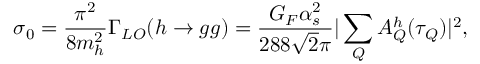
\sigma _ { 0 } = \frac { \pi ^ { 2 } } { 8 m _ { h } ^ { 2 } } \Gamma _ { L O } ( h \rightarrow g g ) = \frac { G _ { F } \alpha _ { s } ^ { 2 } } { 2 8 8 \sqrt { 2 } \pi } | \sum _ { Q } A _ { Q } ^ { h } ( \tau _ { Q } ) | ^ { 2 } ,